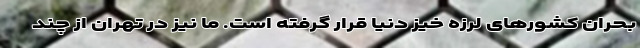
بحران کشورهای لرزه خیز دنیا قرار گرفته است. ما نیز در تهران از چند